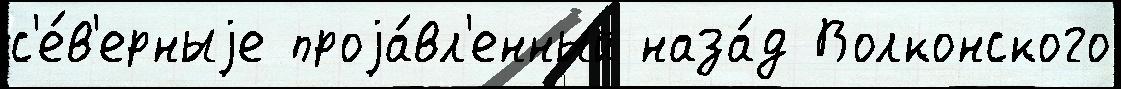
с'е́в'ерныjе проjа́вл'енный наза́д Волконского